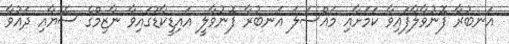
އަނބުރާ ފޮނުވާލާފައިވާ ކަމަށާއި މައްސަލަ އަނބުރާ ފޮނުވާލީ އައިޑީކާޑުގައިވާ ނާޒިމްގެ ސޮޔާއި ދައުވާ